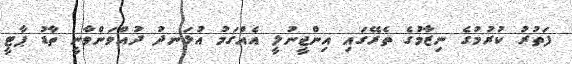
ފަތުރު ކުރުމުގެ ނިޒާމުގެ ތެރޭގައި އިންޖީނުލީ އެއްގަމު އުޅަނދު ދުއްވަންވާނީ ތާޑު ޕާޓީ